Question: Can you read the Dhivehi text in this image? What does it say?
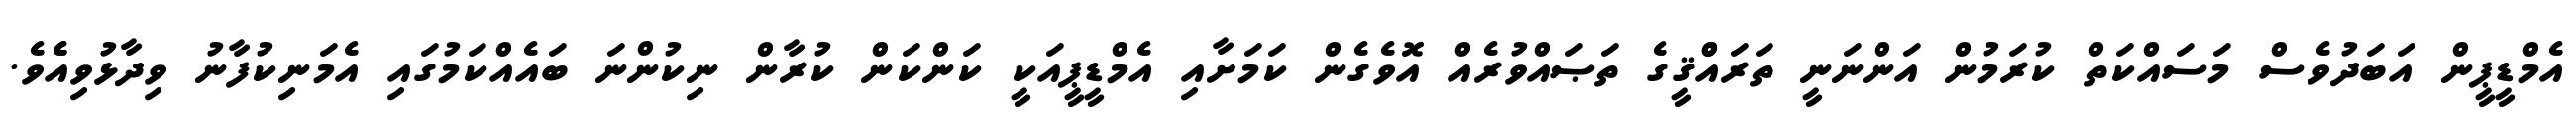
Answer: އެމްޑީޕީން އަބަދުވެސް މަސައްކަތް ކުރަމުން އަންނަނީ ތަރައްްޤީގެ ތަޞައްވުރެއް އޮވެގެން ކަމަށާއި އެމްޑީޕީއަކީ ކަންކަން ކުރާން ނިކުންނަ ބައެއްކަމުގައި އެމަނިކުފާނު ވިދާޅުވިއެެވެ.